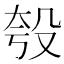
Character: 𪵈